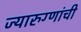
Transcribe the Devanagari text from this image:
ज्यारुग्णांची